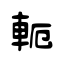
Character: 軛